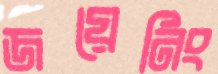
জয়েনিং